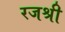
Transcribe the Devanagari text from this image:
रजश्री